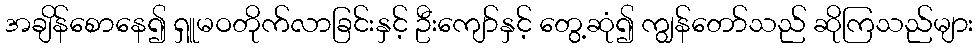
အချိန်စောနေ၍ ရှူမဝတိုက်လာခြင်းနှင့် ဦးကျော်နှင့် တွေ့ဆုံ၍ ကျွန်တော်သည် ဆိုကြသည်များ